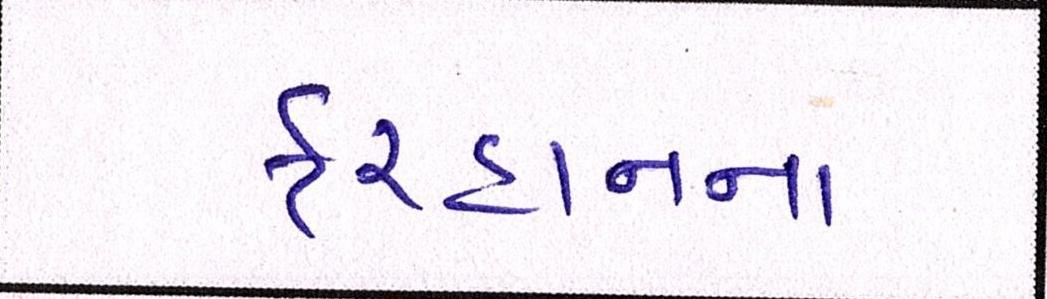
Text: ફરહાનના